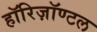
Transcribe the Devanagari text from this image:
हॉरिज़ॉण्टल